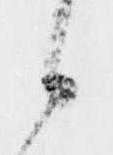
候